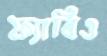
ফ্যাবিও